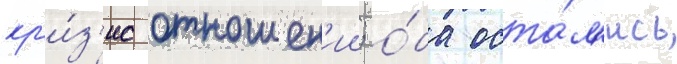
кр'и́з'ис отношен'ии; о́ба оста́л'ись